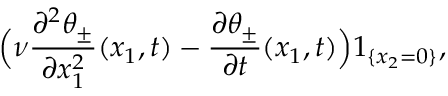
\Big ( \nu \frac { \partial ^ { 2 } \theta _ { \pm } } { \partial x _ { 1 } ^ { 2 } } ( x _ { 1 } , t ) - \frac { \partial \theta _ { \pm } } { \partial t } ( x _ { 1 } , t ) \Big ) 1 _ { \{ x _ { 2 } = 0 \} } ,